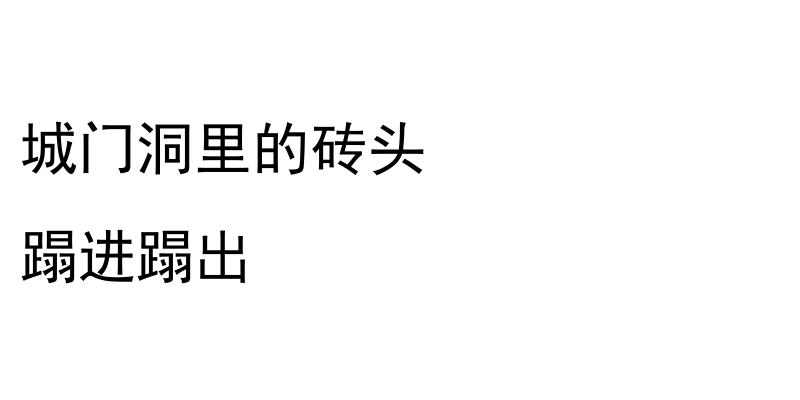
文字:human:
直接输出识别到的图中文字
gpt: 城门洞里的砖头 蹋进蹋出